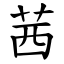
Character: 茜